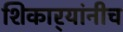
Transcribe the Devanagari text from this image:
शिकार्‍यांनीच